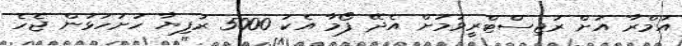
އުމްރާ އަށް ރަޖިސްޓްރީވުމަށް އެދޭ ފޯމާ އެކު 5000 ރުފިޔާ ހުށަހަޅަން ޖެހެ